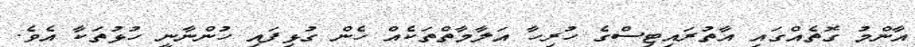
އާންމު ގޮތެއްގައި އާތުރައިޓިސްގެ ހުރިހާ އަލާމާތްތަކެއް ހެން ގުޅިފައި ހުންނާނީ ހުޅުތަކާ އެވެ.